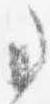
事